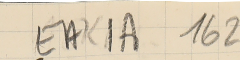
EAK1A 162